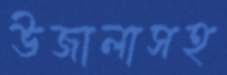
উজালাসহ